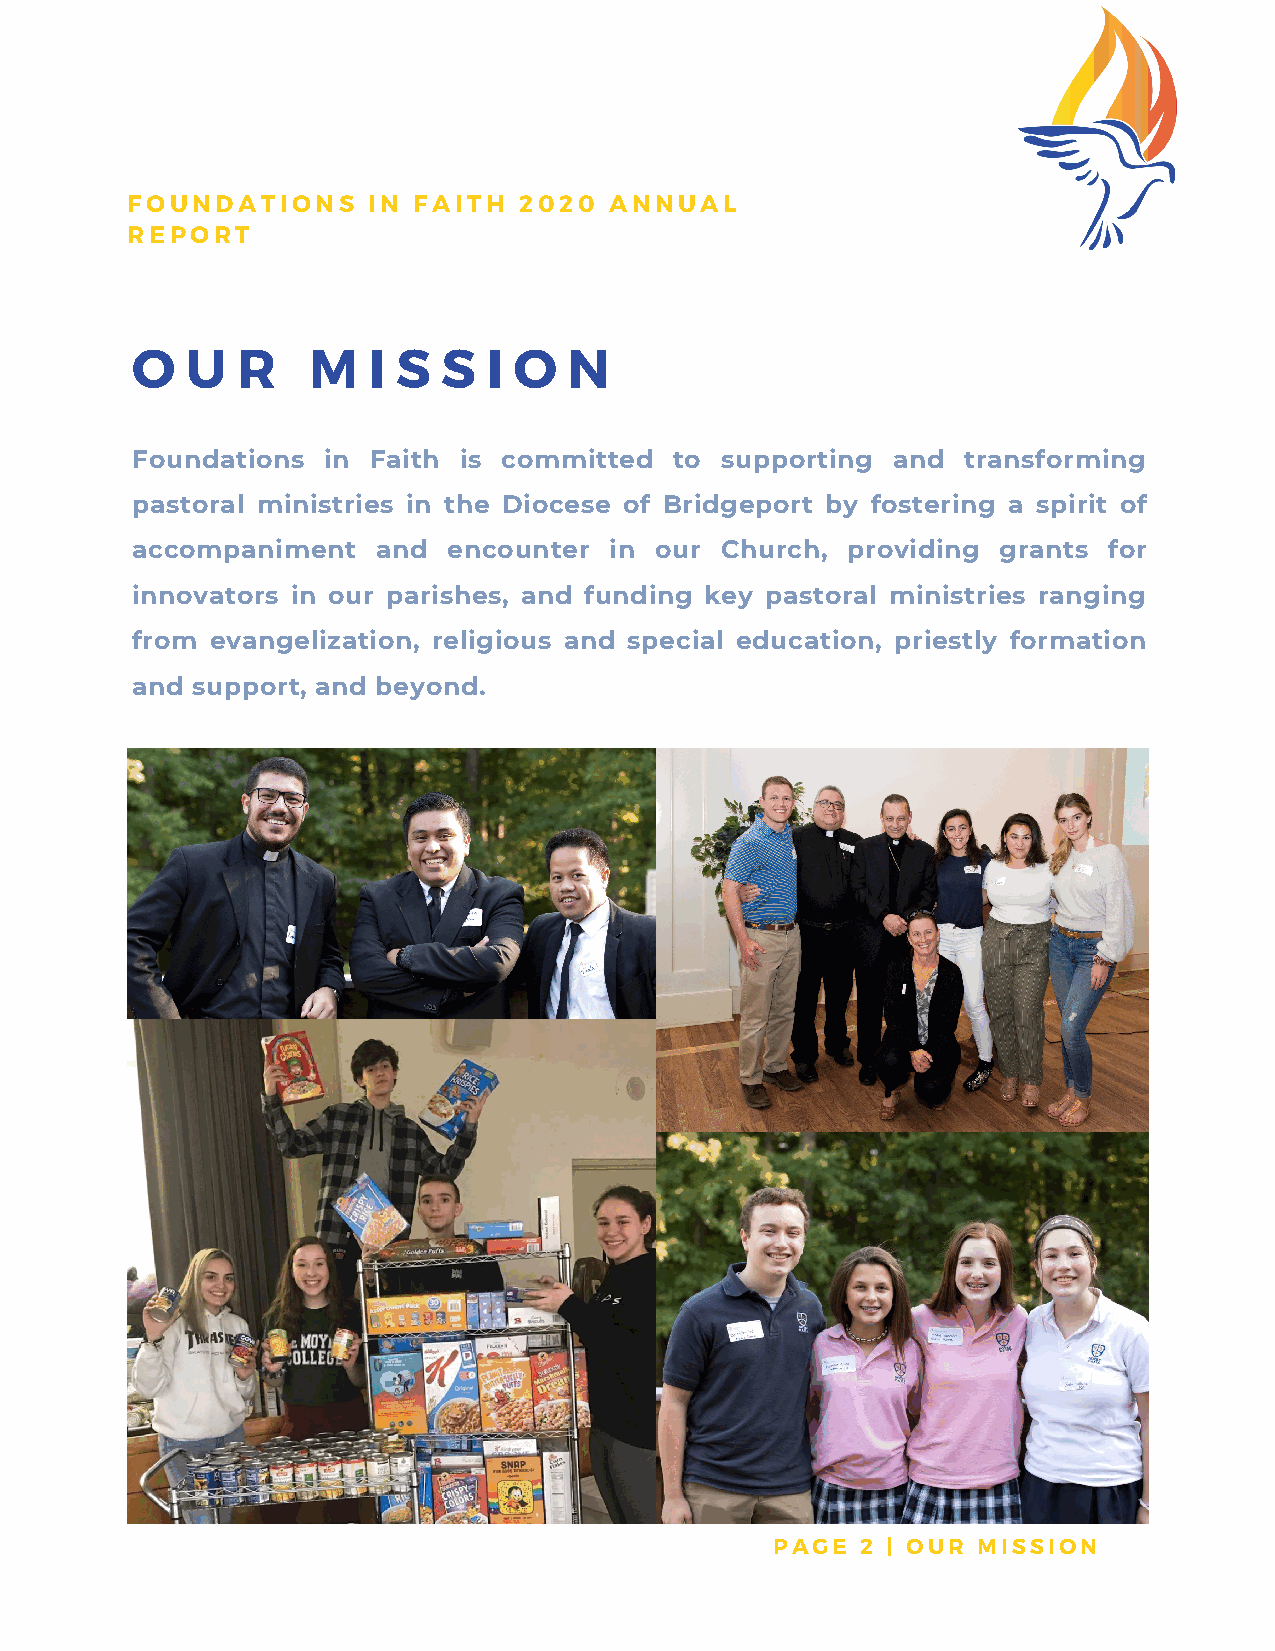
FOUNDATIONS     IN FAITH  2020  ANNUAL
 REPORT
 O  U   R   M   I S  S  I O   N
 Foundations in Faith is committed   to supporting and  transforming
 pastoral ministries in the Diocese of Bridgeport by fostering a spirit of
 accompaniment   and  encounter in our  Church, providing grants for
 innovators in our parishes, and funding key pastoral ministries ranging
 from evangelization, religious and special education, priestly formation
 and support, and beyond.
 PAGE  2 | OUR MISSION